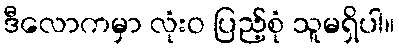
ဒီလောကမှာ လုံးဝ ပြည့်စုံ သူမရှိပါ။